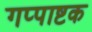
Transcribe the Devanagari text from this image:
गप्पाष्टक